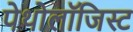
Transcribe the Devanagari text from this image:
पेथोलॉजिस्ट